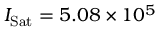
I _ { \mathrm { S a t } } = 5 . 0 8 \times 1 0 ^ { 5 }